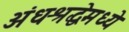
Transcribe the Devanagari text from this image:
अंधश्रद्धेमध्ये